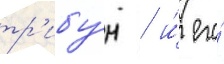
тр'ибу́н / и́ его́